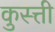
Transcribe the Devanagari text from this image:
कुस्त्ती